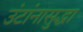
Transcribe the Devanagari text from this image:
उंटांनासुद्धा